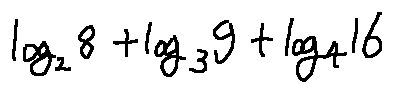
\log _ { 2 } 8 + \log _ { 3 } 9 + \log _ { 4 } 1 6